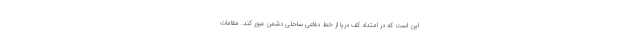
این است که در امتداد کف دریا از خط دفاعی ساحلی دشمن عبور کند. مقامات